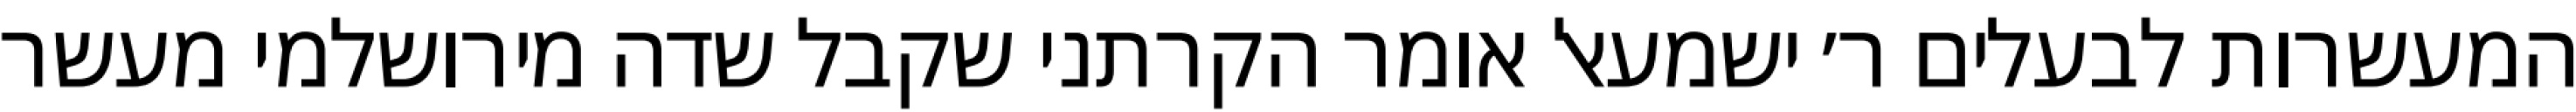
המעשרות לבעלים ר׳ ישמעאל אומר הקרתני שקבל שדה מירושלמי מעשר